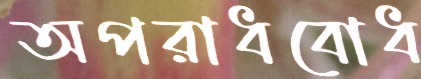
অপরাধবোধ